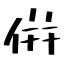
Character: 倂